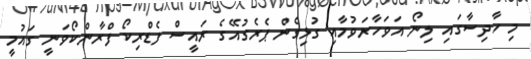
މި ހާދިސާގައި ލިނޯ އަވަހާރަވުމާއި ގުޅިގެން ޕެރެގުއޭގެ ރައީސް ފެޑްރިކޯ ފްރާންކޯވަނީ ގައުމީ